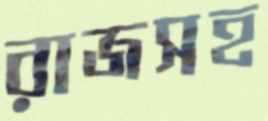
রাজসহ